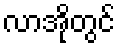
လာအိုတွင်